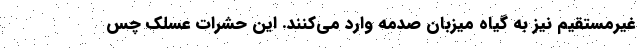
غیرمستقیم نیز به گیاه میزبان صدمه وارد می‌کنند. این حشرات عسلک چس